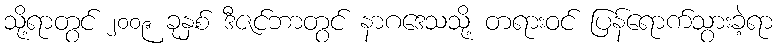
သို့ရာတွင် ၂၀၀၉ ခုနှစ် ဒီဇင်ဘာတွင် နာဂဒေသသို့ တရားဝင် ပြန်ရောက်သွားခဲ့ရာ